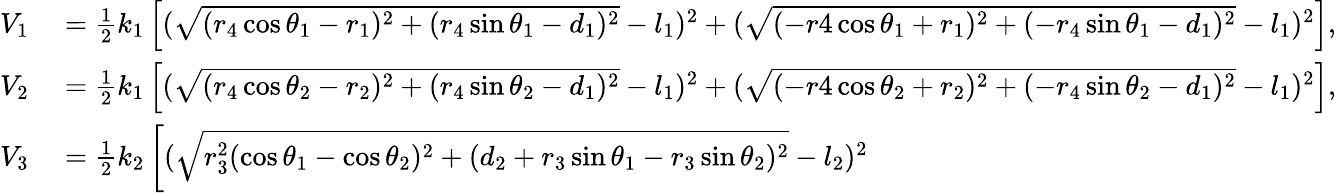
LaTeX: \begin{array}{rl}{V_{1}}&{{}=\frac{1}{2}k_{1}\left[(\sqrt{(r_{4}\cos\theta_{1}-r_{1})^{2}+(r_{4}\sin\theta_{1}-d_{1})^{2}}-l_{1})^{2}+(\sqrt{(-r4\cos\theta_{1}+r_{1})^{2}+(-r_{4}\sin\theta_{1}-d_{1})^{2}}-l_{1})^{2}\right],}\\ {V_{2}}&{{}=\frac{1}{2}k_{1}\left[(\sqrt{(r_{4}\cos\theta_{2}-r_{2})^{2}+(r_{4}\sin\theta_{2}-d_{1})^{2}}-l_{1})^{2}+(\sqrt{(-r4\cos\theta_{2}+r_{2})^{2}+(-r_{4}\sin\theta_{2}-d_{1})^{2}}-l_{1})^{2}\right],}\\ {V_{3}}&{{}=\frac{1}{2}k_{2}\left[(\sqrt{r_{3}^{2}(\cos\theta_{1}-\cos\theta_{2})^{2}+(d_{2}+r_{3}\sin\theta_{1}-r_{3}\sin\theta_{2})^{2}}-l_{2})^{2}\right.}\end{array}